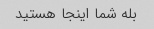
بله شما اینجا هستید